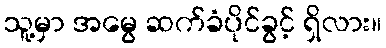
သူ့မှာ အမွေ ဆက်ခံပိုင်ခွင့် ရှိလား။